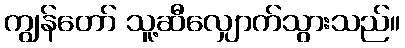
ကျွန်တော် သူ့ဆီလျှောက်သွားသည်။